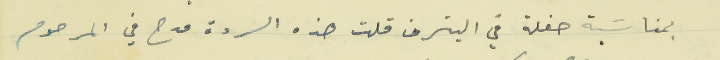
بمناسَبة حفلة في البترون قلت هذه الردة مدح في المرحوم